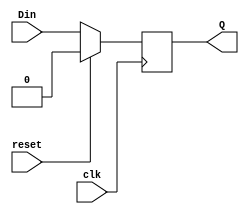
`timescale 1ns / 1ps

module D_FF(Din,clk,reset,Q);
  
input  Din,clk,reset;
output reg  Q;


always@(posedge clk)
begin 
if(reset)
Q<=1'b0;
else
Q<=Din;
end 
endmodule